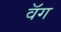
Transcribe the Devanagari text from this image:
वॅग